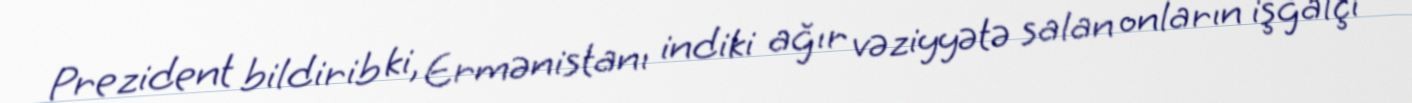
Prezident bildirib ki, Ermənistanı indiki ağır vəziyyətə salan onların işğalçı